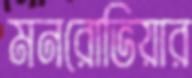
মনরোভিয়ার